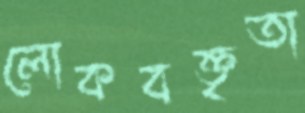
লোকবক্তৃতা